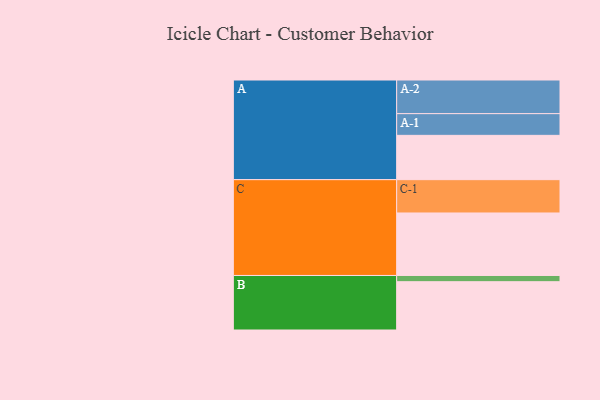
{"axis": {"x": "Segment", "y": "Value"}, "legend": ["", "A", "B", "C"], "data": [{"x": "A", "y": 378, "type": ""}, {"x": "B", "y": 412, "type": ""}, {"x": "C", "y": 533, "type": ""}, {"x": "A-1", "y": 185, "type": "A"}, {"x": "A-2", "y": 287, "type": "A"}, {"x": "B-1", "y": 53, "type": "B"}, {"x": "C-1", "y": 284, "type": "C"}]}